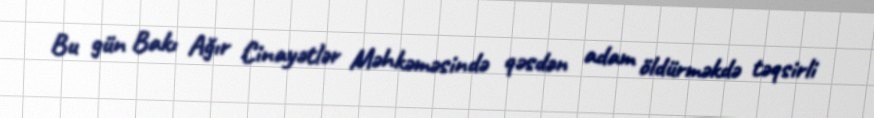
Bu gün Bakı Ağır Cinayətlər Məhkəməsində qəsdən adam öldürməkdə təqsirli